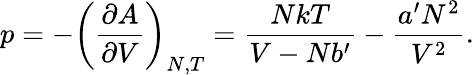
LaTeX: p=-\left({\frac{\partial A}{\partial V}}\right)_{N,T}={\frac{NkT}{V-Nb^{\prime}}}-{\frac{a^{\prime}N^{2}}{V^{2}}}.